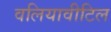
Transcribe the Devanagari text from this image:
वलियावीटिल